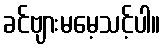
ခင်ဗျားမမေ့သင့်ပါ။